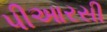
પીઆરસી